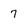
Character: 7